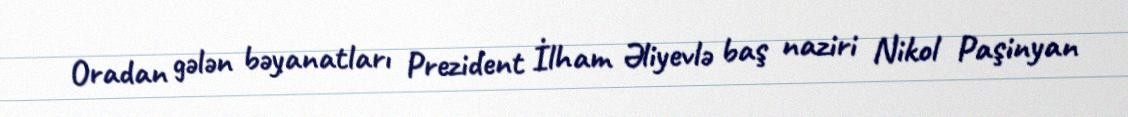
Oradan gələn bəyanatları Prezident İlham Əliyevlə baş naziri Nikol Paşinyan